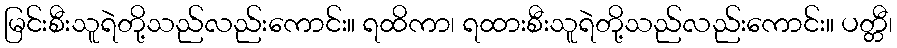
မြင်းစီးသူရဲတို့သည်လည်းကောင်း။ ရထိကာ၊ ရထားစီးသူရဲတို့သည်လည်းကောင်း။ ပတ္တီ၊